Report of the Indian Hemp Drugs Commission, 1894-1895 - Volume VII
Year: 1894
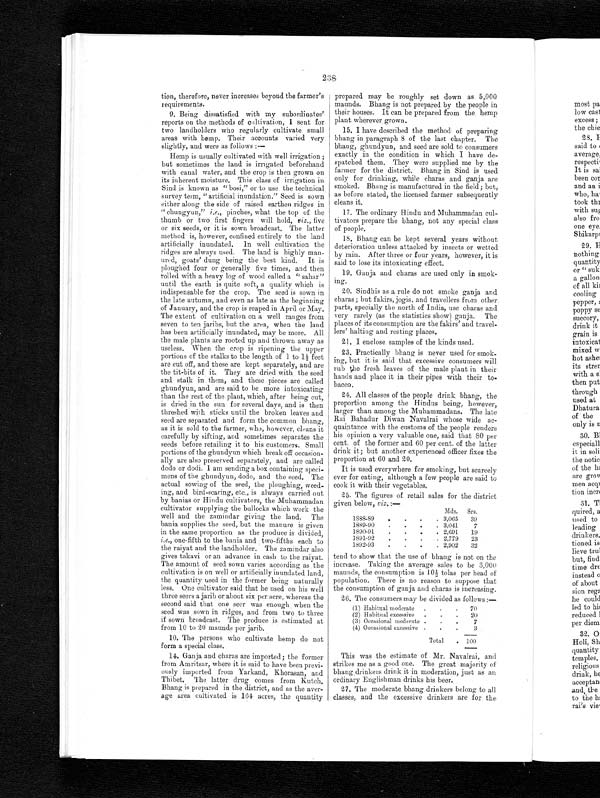
238
tion, therefore, never, increases beyond the farmer's
requirements.
9. Being dissatisfied with my subordinates'
reports on the methods of cultivation, I sent for
two landholders who regularly cultivate, small
areas with hemp. Their accounts varied very
slightly, and were as follows:
—
Hemp is usually cultivated with well irrigation ;
but sometimes the land is irrigated beforehand
with canal water, and the crop is then grown on
its inherent moisture. This class of irrigation in
Sind is known as " bosi," or to use the technical
survey term, "artificial inundation." Seed is sown
either along the side of raised earthen ridges in
" chungyun," i.e., pinches, what the top of the
thumb or two first fingers will hold, viz., five
or six seeds, or it is sown broadcast. The latter
method is, however, confined entirely to the land
artificially inundated. In well cultivation the
ridges are always used. The land is highly man-
ured, goats' dung being the best kind. It is
ploughed four or generally five times, and then
rolled with a heavy log of wood called a " sahar"
until the earth is quite soft, a quality which is
indispensable for the crop. The seed is sown in
the late autumn, and even as late as the beginning
of January, and the crop is reaped in April or May.
The extent of cultivation on a well ranges from
seven to ten jaribs, but the area, when the land
has been artificially inundated, may be more. All
the male plants are rooted up and thrown away as
useless. When the crop is ripening the upper
portions of the stalks to the length of 1 to 1½ feet
are cut off, and these are kept separately, and are
the tit-bits of it. They are dried with the seed
and stalk in them, and these pieces are called
ghundyun, and are said to be more intoxicating
than the rest of the plant, which, after being cut,
is dried in the sun for several days, and is then
threshed with sticks until the broken leaves and
seed are separated and form the common bhang,
as it is sold to the farmer, who, however, cleans it
carefully by sifting, and sometimes separates the
seeds before retailing it to his customers. Small
portions of the ghundyun which break off occasion-
ally are also preserved separately, and are called
dodo or dodi. I am sending a box containing speci-
mens of the ghundyun, dodo, and the seed. The
actual sowing of the seed, the ploughing, weed-
ing, and bird-scaring, etc., is always carried out
by banias or Hindu cultivators, the Muhammadan
cultivator supplying the bullocks which work the
well and the zamindar giving the land. The
bania supplies the seed, but the manure is given
in the same proportion as the produce is divided,
i.e., one-fifth to the bania and two-fifths each to
the raiyat and the landholder. The zamindar also
gives takavi or an advance in cash to the raiyat.
The amount of seed sown varies according as the
cultivation is on well or artificially inundated land,
the quantity used in the former being naturally
less. One cultivator said that he used on his well
three seers a jarib or about six per acre, whereas the
second said that one seer was enough when the
seed was sown in ridges, and from two to three
if sown broadcast. The produce is estimated at
from 10 to 20 maunds per jarib.
10. The persons who cultivate hemp do not
form a special class.
14. Ganja and charas are imported ; the former
from Amritsar, where it is said to have been previ-
ously imported from Yarkand, Khorasan, and
Thibet. The latter drug comes from Kutch
. Bhang is prepared in the district, and as the aver-
age area cultivated is 164 acres, the quantity
prepared may be roughly set down as 5,000
maunds. Bhang is not prepared by the people in
their houses. It can be prepared from the hemp
plant wherever, grown.
15. I have described the method of preparing
bhang in paragraph 8 of the last chapter. The
bhang, ghundyun, and seed are sold to consumers
exactly in the condition in which I have de-
spatched them. They were supplied me by the
farmer for the district. Bhang in Sind is used
only for drinking, while charas and ganja are
smoked. Bhang is manufactured in the field; but,
as before stated, the licensed farmer subsequently
cleans it.
17. The ordinary Hindu and Muhammadan cul-
tivators prepare the bhang, not any special class
of people.
18. Bhang can be kept several years without
deterioration unless attacked by insects or wetted
by rain. After three or four years, however, it is
said to lose its intoxicating effect.
19. Ganja and charas are used only in smok-
ing.
20. Sindhis as a rule do not smoke ganja and
charas ; but fakirs, jogis, and travellers from other
parts, specially the north of India, use charas and
very rarely (as the statistics show) ganja. The
places of its consumption are the fakirs' and travel-
lers' halting and resting places.
21. I enclose samples of the kinds used.
23. Practically bhang is never used for smok-
ing, but it is said that excessive consumers
will rub the fresh leaves of the male plant in their
hands and place it in their pipes with their to-
bacco.
24. All classes of the people drink bhang, the
proportion among the Hindus being, however,
larger than among the Muhammadans. The late
Rai Bahadur Diwan Navalrai whose wide ac-
quaintance with the customs of the people renders
his opinion a very valuable one, said that 80 per
cent. of the former and 60 per cent. of the latter
drink it; but another experienced officer fixes the
proportion at 60 and 20.
It is used everywhere for smoking, but scarcely
ever for eating, although a few people are said to
cook it with their vegetables.
25. The figures of retail sales for the district
given below, viz. :—
Mds.
Srs.
1888-89
.
.
.
. 3,065
39
1889-90
.
. .
. 3,041
7
1890-91
.
.
.
. 2,691
19
1891-92
.
.
.
. 2,779
23
1892-93
.
.
.
. 2,902
32
tend to show that the use of bhang is not on the
increase. Taking the average sales to be 3,000
maunds, the consumption is 10½ tolas per head of
population. There is no reason to suppose that
the consumption of ganja and charas is increasing.
26. The consumers may be divided as follows :—
(1) Habitual moderate
.
.
.
70
(2) Habitual excessive
.
.
.
20
(3) Occasional moderate .
.
.
7
(4) Occasional excessive .
.
.
3
Total
. 100
This was the estimate of Mr. Navalrai, and
strikes me as a good one. The great majority of
bhang drinkers drink it in moderation, just as an
ordinary Englishman drinks his beer.
27. The moderate bhang drinkers belong to all
classes, and the excessive drinkers are for the